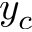
y _ { c }